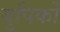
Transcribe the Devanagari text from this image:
युपिकों